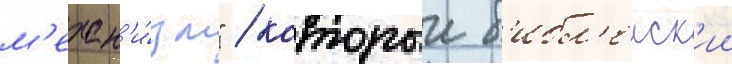
м'ехан'и́зм" / которыи б'ибл'еиск'ии